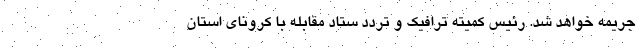
جریمه خواهد شد. رئیس کمیته ترافیک و تردد ستاد مقابله با کرونای استان